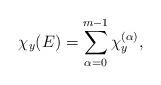
LaTeX: \begin{align*}\chi_y(E)=\sum^{m-1}_{\alpha=0}\chi_{y}^{(\alpha)},\end{align*}